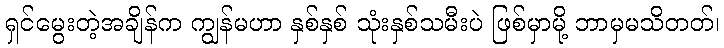
ရှင်မွေးတဲ့အချိန်က ကျွန်မဟာ နှစ်နှစ် သုံးနှစ်သမီးပဲ ဖြစ်မှာမို့ ဘာမှမသိတတ်၊